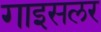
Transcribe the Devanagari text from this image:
गाइसलर